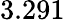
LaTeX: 3.291